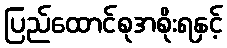
ပြည်ထောင်စုအစိုးရနှင့်